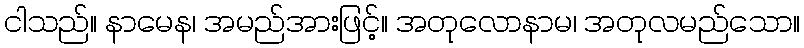
ငါသည်။ နာမေန၊ အမည်အားဖြင့်။ အတုလောနာမ၊ အတုလမည်သော။